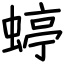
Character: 蝏